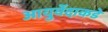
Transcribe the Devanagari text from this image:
आयुर्वेदाकडे